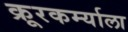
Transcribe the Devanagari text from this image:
क्रूरकर्म्याला